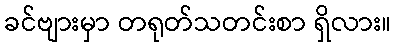
ခင်ဗျားမှာ တရုတ်သတင်းစာ ရှိလား။